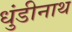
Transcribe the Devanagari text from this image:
धुंडीनाथ